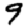
Digit: 9